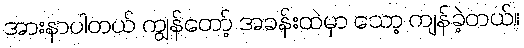
အားနာပါတယ် ကျွန်တော့် အခန်းထဲမှာ သော့ ကျန်ခဲ့တယ်။